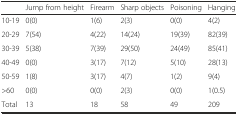
|  | Jump from height | Firearm | Sharp objects | Poisoning | Hanging |
 | --- | --- | --- | --- | --- | --- |
 | 10-19 | 0(0) | 1(6) | 2(3) | 0(0) | 4(2) |
 | 20-29 | 7(54) | 4(22) | 14(24) | 19(39) | 82(39) |
 | 30-39 | 5(38) | 7(39) | 29(50) | 24(49) | 85(41) |
 | 40-49 | 0(0) | 3(17) | 7(12) | 5(10) | 28(13) |
 | 50-59 | 1(8) | 3(17) | 4(7) | 1(2) | 9(4) |
 | >60 | 0(0) | 0(0) | 2(3) | 0(0) | 1(0.5) |
 | Total | 13 | 18 | 58 | 49 | 209 |